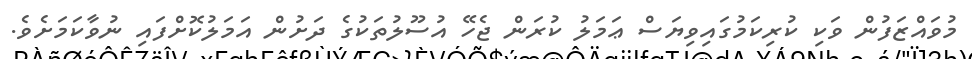
މުވައްޒަފުން ވަކި ކުރިކަމުގައިވިޔަސް ޢަމަލު ކުރަން ޖެހޭ އުސޫލުތަކުގެ ދަށުން އަމަލުކޮށްފައި ނުވާކަމަށެވެ.